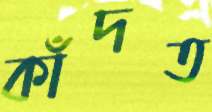
কাঁদত